Annual vaccination report of Bihar and Orissa - 1911-1928
Year: 1911
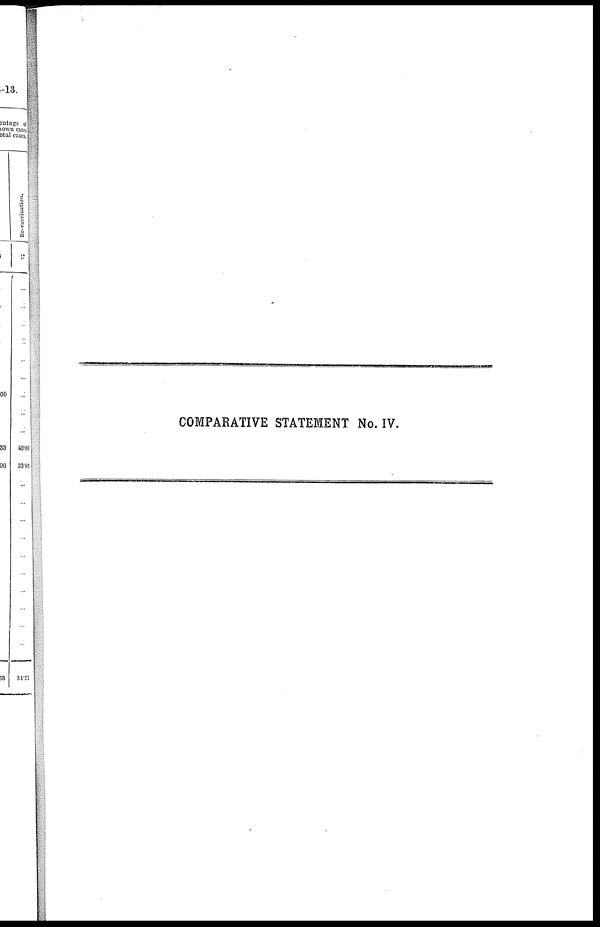
COMPARATIVE STATEMENT No. IV.